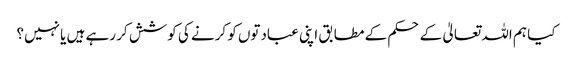
کیا ہم اللہ تعالیٰ کے حکم کے مطابق اپنی عبادتوں کو کرنے کی کوشش کر رہے ہیں یا نہیں؟